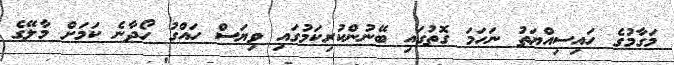
މަގާމުގެ ހައިސިއްޔަތު ނަހަމަ ގޮތުގައި ބޭނުންކުރިކަމުގައި ވިޔަސް ހައްގު ހޯދާނެ ކަމަށް މާލޭގެ